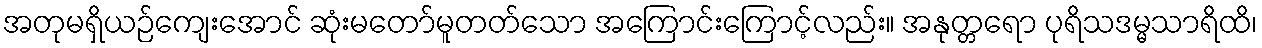
အတုမရှိယဉ်ကျေးအောင် ဆုံးမတော်မူတတ်သော အကြောင်းကြောင့်လည်း။ အနုတ္တရော ပုရိသဒမ္မသာရိထိ၊